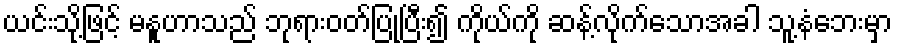
ယင်းသို့ဖြင့် မနူဟာသည် ဘုရားဝတ်ပြုပြီး၍ ကိုယ်ကို ဆန့်လိုက်သောအခါ သူ့နံဘေးမှာ